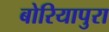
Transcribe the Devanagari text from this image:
बोरियापुरा